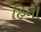
હિની